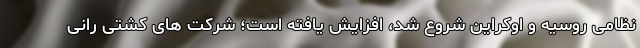
نظامی روسیه و اوکراین شروع شد، افزایش یافته است؛ شرکت های کشتی رانی